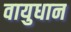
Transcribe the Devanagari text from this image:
वायुधान